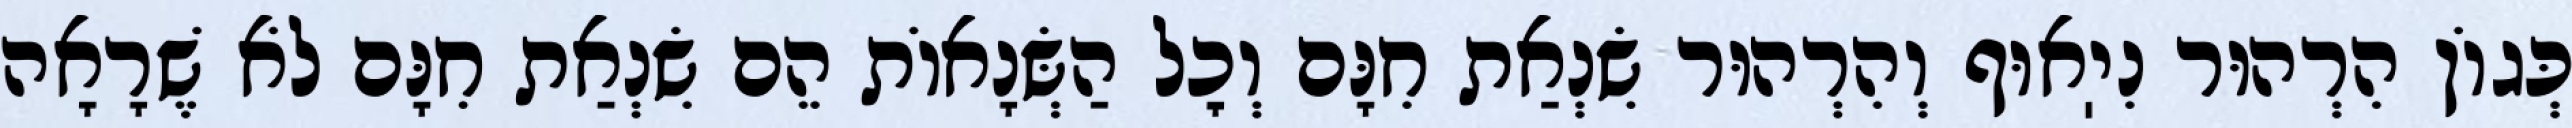
כְּגוֹן הִרְהוּר נִיֽאוּף וְהִרְהוּר שִׂנְאַת חִנָּם וְכׇל הַשְּׂנָאוֹת הֵם שִׂנְאַת חִנָּם לֹא שֶׁרָאָה